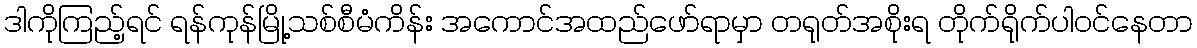
ဒါကိုကြည့်ရင် ရန်ကုန်မြို့သစ်စီမံကိန်း အကောင်အထည်ဖော်ရာမှာ တရုတ်အစိုးရ တိုက်ရိုက်ပါဝင်နေတာ